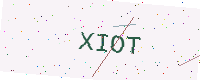
Text: XIOT